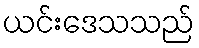
ယင်းဒေသသည်